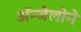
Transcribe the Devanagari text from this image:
ॲन्जेलोने